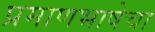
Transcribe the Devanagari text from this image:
प्रमाणभाषेचा